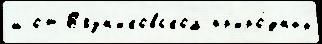
ш от В'язн'иковском пр'иро́дных